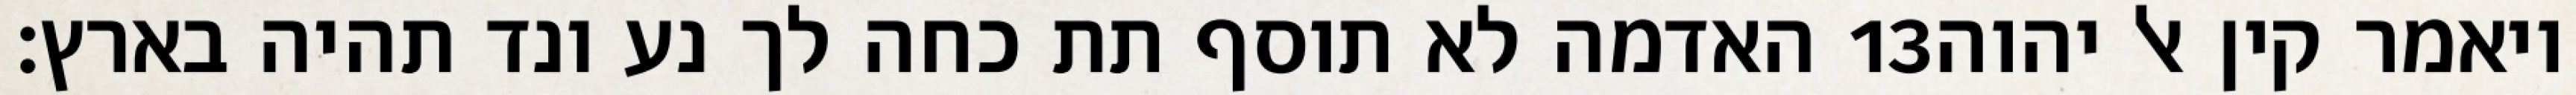
האדמה לא תוסף תת כחה לך נע ונד תהיה בארץ׃ ‎13‏ ויאמר קין אל יהוה